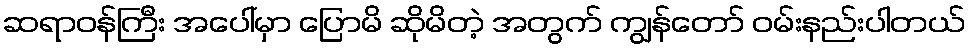
ဆရာဝန်ကြီး အပေါ်မှာ ပြောမိ ဆိုမိတဲ့ အတွက် ကျွန်တော် ဝမ်းနည်းပါတယ်